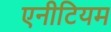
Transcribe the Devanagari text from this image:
एनीटियम